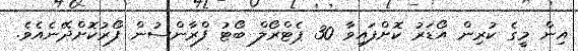
އިން މީގެ ކުރިން އޯޑަރު ކޮށްފައިވާ 30 ޕެޓްރޯލް ބޯޓު ފްރާންސުން ފޯރުކޮށްދޭނެއެވެ.